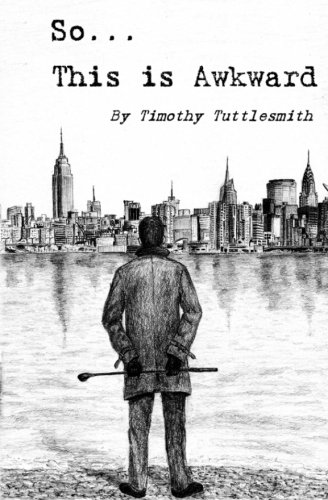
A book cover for So... This is Awkward; Dr Timothy Tuttlesmith; Self-Help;